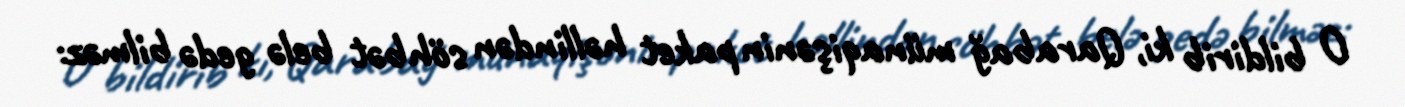
O bildirib ki, Qarabağ münaqişənin paket həllindən söhbət belə gedə bilməz: